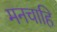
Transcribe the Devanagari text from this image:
मनचाहि